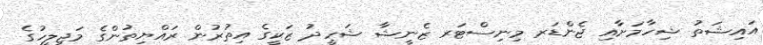
އައިޝަތު ޝިހާމަށާއި ޖެންޑަރ މިނިސްޓަރ ޒެނީޝާ ޝަހީދު ޒަކީގެ އިތުރުން ރައްޔިތުންގެ މަޖިލީހުގެ